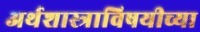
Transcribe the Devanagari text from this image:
अर्थशास्त्राविषयीच्या